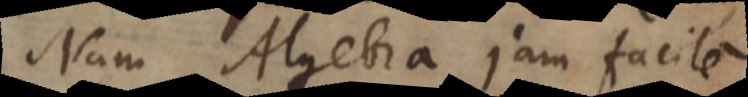
Nam Algebra jam facile